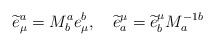
\begin{align*}\widetilde{e}_{\mu }^{a}=M_{b}^{a}e_{\mu }^{b},\quad \widetilde{e}_{a}^{\mu}=\widetilde{e}_{b}^{\mu }M_{a}^{-1b}\end{align*}